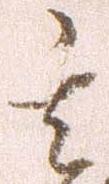
其